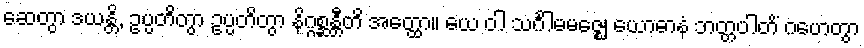
ဆေတွာ ဒယန္တိ, ဥပ္ပတိတွာ ဥပ္ပတိတွာ နိဂ္ဂစ္ဆန္တီတိ အတ္ထော။ ယေ ဝါ သင်္ဂါမမဇ္ဈေ ယောဓာနံ ဘတ္တပါတိံ ဂဟေတွာ